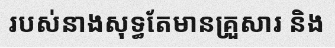
របស់នាងសុទ្ធតែមានគ្រួសារ និង